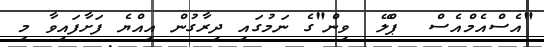
"އެސްއެމްއެސް  ޕްލޭ  ވިން"ގެ ނަމުގައި ދިރާގުން އިއްޔެ ފަށާފައިވާ މި